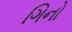
ગિનો